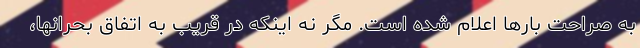
به صراحت بارها اعلام شده است. مگر نه اینکه در قریب به اتفاق بحرانها،